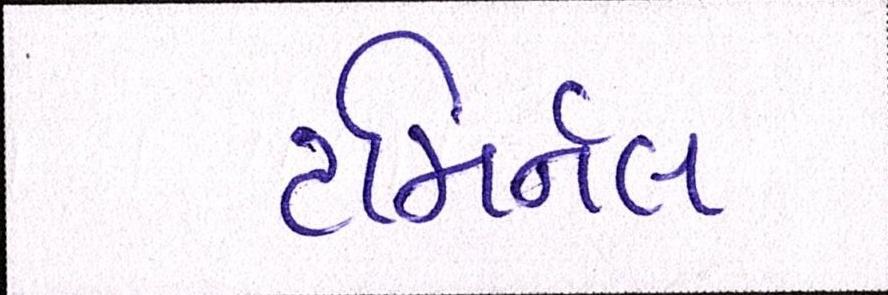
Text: ટમિર્નલ